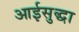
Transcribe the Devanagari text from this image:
आईसुद्धा